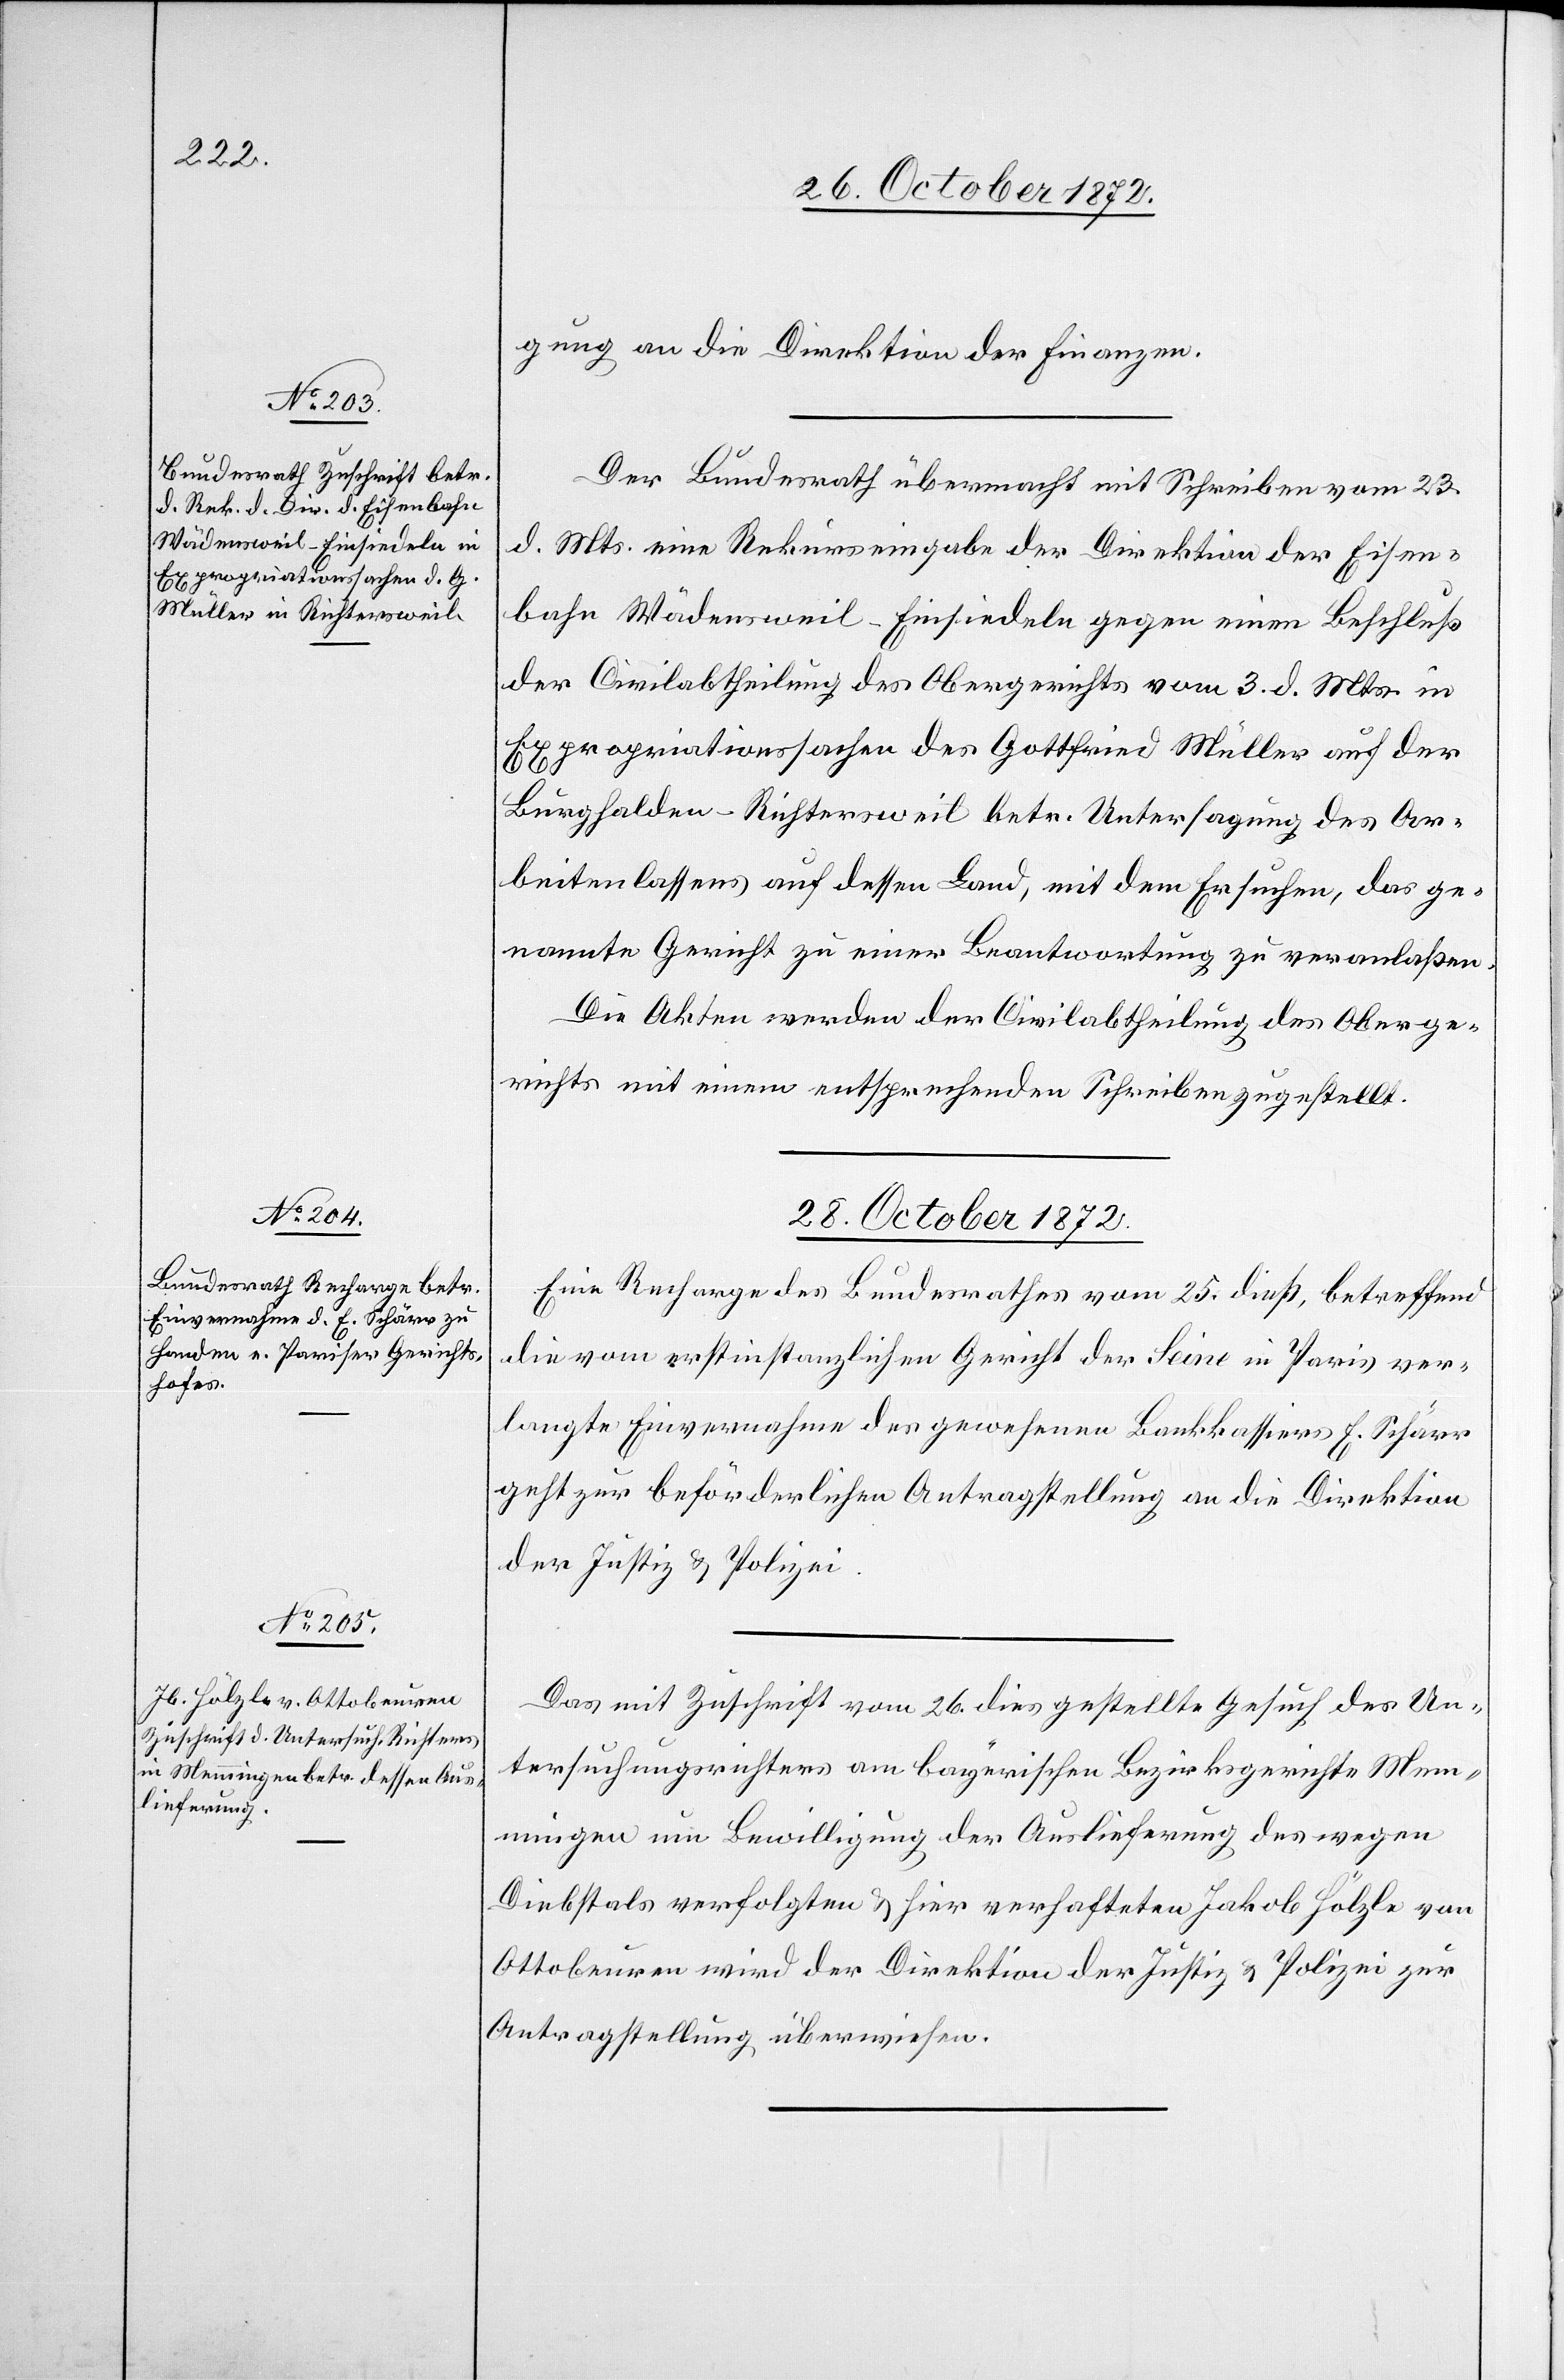
26. October 1872.]
gung an die Direktion der Finanzen.
Der Bundesrath übermacht mit Schreiben vom 23.
d. Mts. eine Rekurseingabe der Direktion der Eisen¬
bahn Wädensweil–Einsiedeln gegen einen Beschluß
der Civilabtheilung des Obergerichtes vom 3. d. Mts. in
Expropriationssachen des Gottfried Müller auf der
Burghalden-Richtersweil betr. Untersagung des Ar¬
beitenlassens auf dessen Land, mit dem Ersuchen, das ge¬
nannte Gericht zu einer Beantwortung zu veranlaßen.
Die Akten werden der Civilabtheilung des Oberge¬
richts mit einem entsprechenden Schreiben zugestellt.
28. October 1872.]
Eine Recharge des Bundesrathes vom 25. dieß, betreffend
die vom erstinstanzlichen Gericht der Seine in Paris ver¬
langte Einvernahme des gewesenen Bankkassiers E. Schärr
geht zur beförderlichen Antragstellung an die Direktion
der Justiz u. Polizei.
Das mit Zuschrift vom 26. dies gestellte Gesuch des Un¬
tersuchungsrichters am bayerischen Bezirksgerichte Mem¬
mingen um Bewilligung der Auslieferung des wegen
Diebstals verfolgten u. hier verhafteten Jakob Hölzle von
Ottobeuren wird der Direktion der Justiz u. Polizei zur
Antragstellung überwiesen.